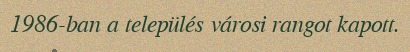
1986-ban a település városi rangot kapott.